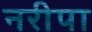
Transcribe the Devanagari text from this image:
नरीपा